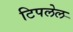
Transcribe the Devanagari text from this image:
टिपलेल